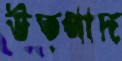
উত্পাদ